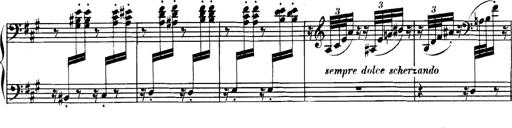
Title: Spinnerlied aus dem Fliegenden HollÃ¤nder
Composer: Franz Liszt